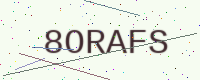
Text: 8ORAFS